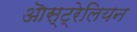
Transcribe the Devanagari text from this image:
ऒस्ट्रेलियन